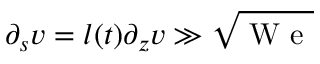
\partial _ { s } v = l ( t ) \partial _ { z } v \gg \sqrt { \mathrm { ~ W ~ e ~ } }